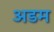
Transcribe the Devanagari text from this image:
अडम